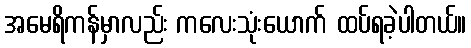
အမေရိကန်မှာလည်း ကလေးသုံးယောက် ထပ်ရခဲ့ပါတယ်။